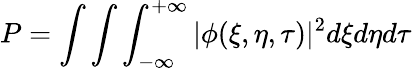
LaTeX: P=\int\int\int_{-\infty}^{+\infty}|\phi(\xi,\eta,\tau)|^{2}d\xi d\eta d\tau